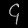
Digit: ၄